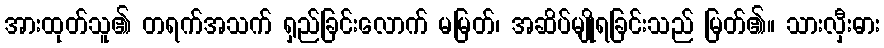
အားထုတ်သူ၏ တရက်အသက် ရှည်ခြင်းလောက် မမြတ်၊ အဆိပ်မျိုရခြင်းသည် မြတ်၏။ သားလှီးဓား